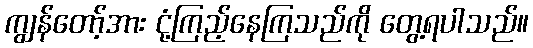
ကျွန်တော့်အား ငုံ့ကြည့်နေကြသည်ကို တွေ့ရပါသည်။